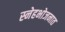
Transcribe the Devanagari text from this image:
स्नेहभोजनात